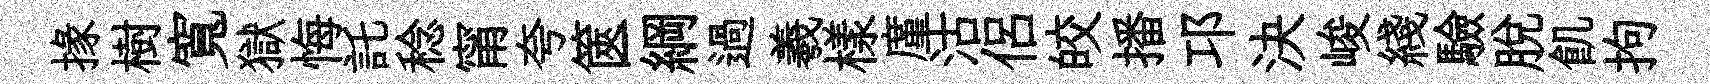
掾樹寬獄悔託稔甯夸篋綱過羲樣廑沽侣皎播邛決峻綫驗脱飢拘